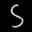
Label: 5